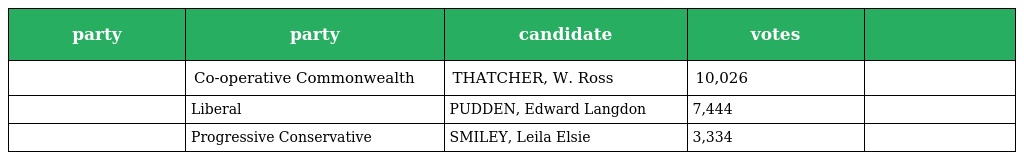
| party | party | candidate | votes |  |
 | --- | --- | --- | --- | --- |
 |  | Co-operative Commonwealth | THATCHER, W. Ross | 10,026 |  |
 |  | Liberal | PUDDEN, Edward Langdon | 7,444 |  |
 |  | Progressive Conservative | SMILEY, Leila Elsie | 3,334 |  |